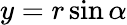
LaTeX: y=r\sin\alpha